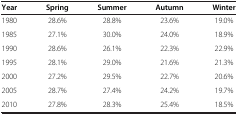
<table><thead><tr><td><b>Year</b></td><td><b>Spring</b></td><td><b>Summer</b></td><td><b>Autumn</b></td><td><b>Winter</b></td></tr></thead><tbody><tr><td>1980</td><td>28.6%</td><td>28.8%</td><td>23.6%</td><td>19.0%</td></tr><tr><td>1985</td><td>27.1%</td><td>30.0%</td><td>24.0%</td><td>18.9%</td></tr><tr><td>1990</td><td>28.6%</td><td>26.1%</td><td>22.3%</td><td>22.9%</td></tr><tr><td>1995</td><td>28.1%</td><td>29.0%</td><td>21.6%</td><td>21.3%</td></tr><tr><td>2000</td><td>27.2%</td><td>29.5%</td><td>22.7%</td><td>20.6%</td></tr><tr><td>2005</td><td>28.7%</td><td>27.4%</td><td>24.2%</td><td>19.7%</td></tr><tr><td>2010</td><td>27.8%</td><td>28.3%</td><td>25.4%</td><td>18.5%</td></tr></tbody></table>